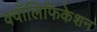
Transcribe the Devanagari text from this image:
क्वॉलिफिकेशन